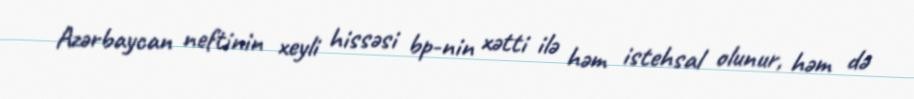
Azərbaycan neftinin xeyli hissəsi bp-nin xətti ilə həm istehsal olunur, həm də